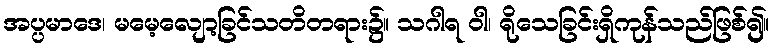
အပ္ပမာဒေ၊ မမေ့လျော့ခြင်သတိတရား၌။ သဂါရ ဝါ၊ ရိုသေခြင်းရှိကုန်သည်ဖြစ်၍။